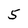
Character: 5